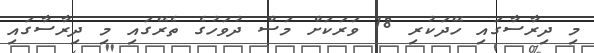
މި ދިރާސާގައި ހޭދަކުރި 18 ވަރަކަށް މަސް ދުވަހުގެ ތެރޭގައި މި ދިރާސާގައި